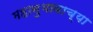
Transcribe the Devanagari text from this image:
महानुभावाच्या